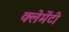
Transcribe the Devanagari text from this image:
क्लेमेंटी